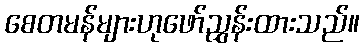
စေတမန်များဟုဖော်ညွှန်းထားသည်။